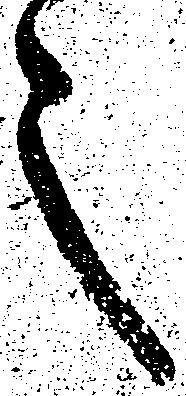
之